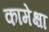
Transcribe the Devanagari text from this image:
कामेक्षा